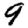
Digit: 9